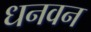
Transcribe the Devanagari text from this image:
धनवन